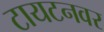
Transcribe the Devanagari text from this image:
टायटनवर